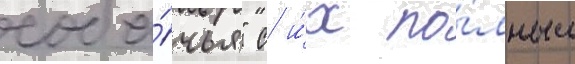
соба́чья" с и́х по́лным